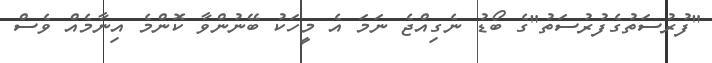
"ފުރުސަތުގެފުރުސަތު"ގެ ބޯޑު ނެގިއްޖެ ނަމަ އެ މީހަކު ބޭނުންވާ ކޮންމެ އިނާމެއް ވެސް